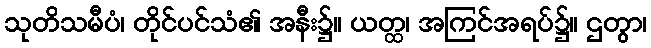
သုတိသမီပံ၊ တိုင်ပင်သံ၏ အနီး၌။ ယတ္ထ၊ အကြင်အရပ်၌။ ဌတွာ၊